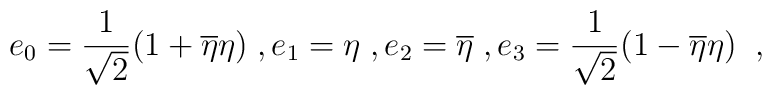
e_0 ={1\over{\sqrt{2}}}(1 +{\overline{\eta }}\eta ) \;,e_1=\eta \;,e_2=\overline{\eta } \;,e_3={1\over{\sqrt{2}}}(1-{\overline{\eta }}\eta )\;\;,